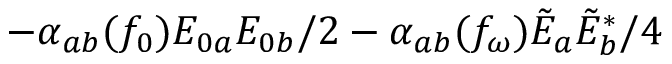
- \alpha _ { a b } ( f _ { 0 } ) E _ { 0 a } E _ { 0 b } / 2 - \alpha _ { a b } ( f _ { \omega } ) \tilde { E } _ { a } \tilde { E } _ { b } ^ { \ast } / 4